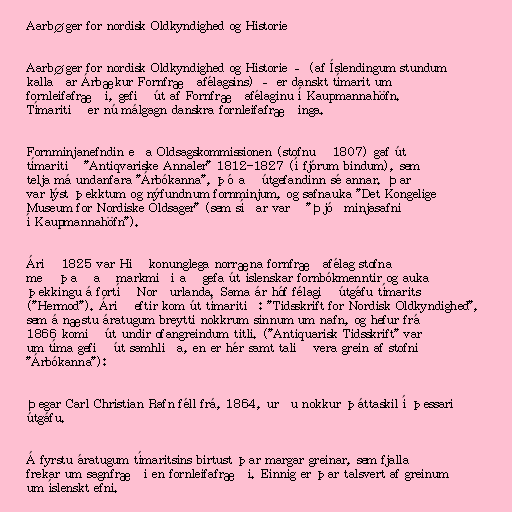
Aarbøger for nordisk Oldkyndighed og Historie

Aarbøger for nordisk Oldkyndighed og Historie – (af Íslendingum stundum
kallaðar Árbækur Fornfræðafélagsins) – er danskt tímarit um
fornleifafræði, gefið út af Fornfræðafélaginu í Kaupmannahöfn.
Tímaritið er nú málgagn danskra fornleifafræðinga.

Fornminjanefndin eða Oldsagskommissionen (stofnuð 1807) gaf út
tímaritið "Antiqvariske Annaler" 1812-1827 (í fjórum bindum), sem
telja má undanfara "Árbókanna", þó að útgefandinn sé annar. Þar
var lýst þekktum og nýfundnum fornminjum, og safnauka "Det Kongelige
Museum for Nordiske Oldsager" (sem síðar varð "Þjóðminjasafnið
í Kaupmannahöfn").

Árið 1825 var Hið konunglega norræna fornfræðafélag stofnað
með það að markmiði að gefa út íslenskar fornbókmenntir og auka
þekkingu á fortíð Norðurlanda. Sama ár hóf félagið útgáfu tímarits
("Hermod"). Árið eftir kom út tímaritið: "Tidsskrift for Nordisk Oldkyndighed",
sem á næstu áratugum breytti nokkrum sinnum um nafn, og hefur frá
1866 komið út undir ofangreindum titli. ("Antiquarisk Tidsskrift" var
um tíma gefið út samhliða, en er hér samt talið vera grein af stofni
"Árbókanna"):

Þegar Carl Christian Rafn féll frá, 1864, urðu nokkur þáttaskil í þessari
útgáfu.

Á fyrstu áratugum tímaritsins birtust þar margar greinar, sem fjalla
frekar um sagnfræði en fornleifafræði. Einnig er þar talsvert af greinum
um íslenskt efni.